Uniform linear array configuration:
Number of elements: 32
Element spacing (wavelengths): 0.25
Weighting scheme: uniform
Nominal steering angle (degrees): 30
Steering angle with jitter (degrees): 31.304
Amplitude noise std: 0.05
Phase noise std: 0.05

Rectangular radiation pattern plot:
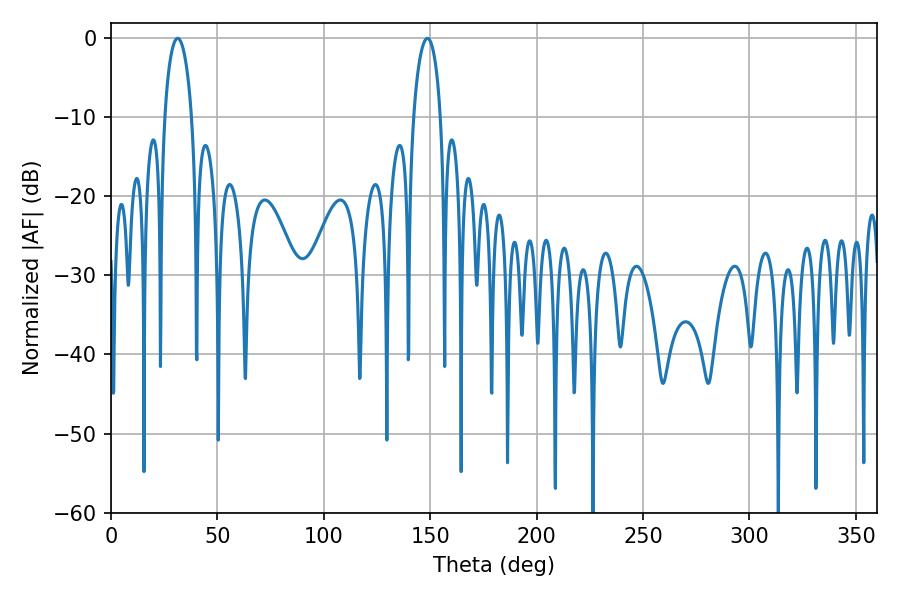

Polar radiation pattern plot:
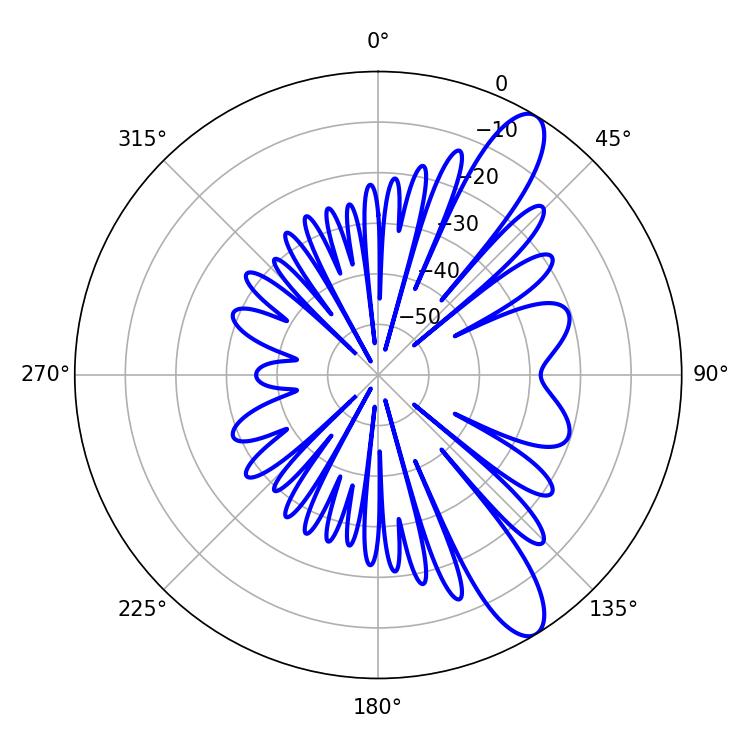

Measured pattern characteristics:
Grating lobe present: FALSE
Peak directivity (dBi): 11.187
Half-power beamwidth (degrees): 7.38
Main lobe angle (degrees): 31.32